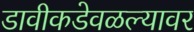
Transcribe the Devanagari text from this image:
डावीकडेवळल्यावर